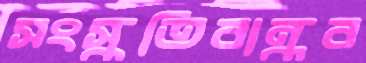
সংস্কৃতিবান্ধব